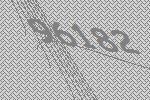
96182